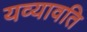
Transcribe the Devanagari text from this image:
यव्यावति